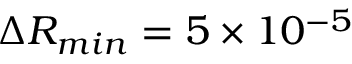
\Delta R _ { m i n } = 5 \times 1 0 ^ { - 5 }